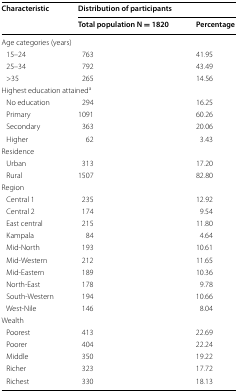
| <ROWSPAN=2> Characteristic | <COLSPAN=2> Distribution of participants |
 | Total population N = 1820 | Percentage |
 | --- | --- | --- |
 | <COLSPAN=3> Age categories (years) |
 | 15–24 | 763 | 41.95 |
 | 25–34 | 792 | 43.49 |
 | >35 | 265 | 14.56 |
 | <COLSPAN=3> Highest education attaineda |
 | No education | 294 | 16.25 |
 | Primary | 1091 | 60.26 |
 | Secondary | 363 | 20.06 |
 | Higher | 62 | 3.43 |
 | <COLSPAN=3> Residence |
 | Urban | 313 | 17.20 |
 | Rural | 1507 | 82.80 |
 | <COLSPAN=3> Region |
 | Central 1 | 235 | 12.92 |
 | Central 2 | 174 | 9.54 |
 | East central | 215 | 11.80 |
 | Kampala | 84 | 4.64 |
 | Mid-North | 193 | 10.61 |
 | Mid-Western | 212 | 11.65 |
 | Mid-Eastern | 189 | 10.36 |
 | North-East | 178 | 9.78 |
 | South-Western | 194 | 10.66 |
 | West-Nile | 146 | 8.04 |
 | <COLSPAN=3> Wealth |
 | Poorest | 413 | 22.69 |
 | Poorer | 404 | 22.24 |
 | Middle | 350 | 19.22 |
 | Richer | 323 | 17.72 |
 | Richest | 330 | 18.13 |